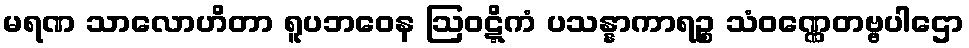
မရဏ သာလောဟိတာ ရူပဘဝေန ဩဝဋ္ဋိကံ ပသန္နာကာရဉ္စ သံဝဏ္ဏေတဗ္ဗပါဌော